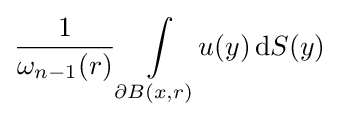
{\frac {1}{\omega _{n-1}(r)}}\int \limits _{\partial B(x,r)}\!u(y)\,\mathrm {d} S(y)